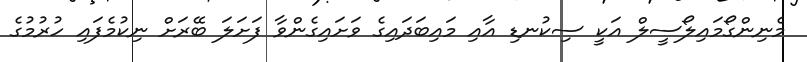
މެނިންގޯމައިލޯސީލް އަކީ ސިކުނޑި އާއި މައިބަދައިގެ ވަށައިގެންވާ ފަށަލަ ބޭރަށް ނިކުމެފައި ހުރުމުގެ